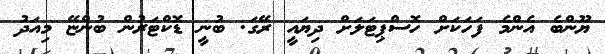
ޔޫންބެ އެންމެ ފަހަކަށް ހޮސްޕިޓަލަށް ދިޔައީ ރޭގަ. ބުނީ ޑޮކްޓަރުން ބުންޏޭ މިއަދު